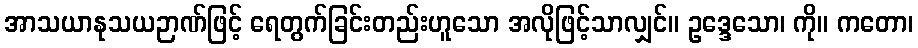
အာသယာနုသယဉာဏ်ဖြင့် ရေတွက်ခြင်းတည်းဟူသော အလိုဖြင့်သာလျှင်။ ဥဒ္ဒေသော၊ ကို။ ကတော၊